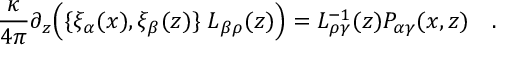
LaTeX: { \frac { \kappa } { 4 \pi } } \partial _ { z } \Bigl ( \{ \xi _ { \alpha } ( x ) , \xi _ { \beta } ( z ) \} \; L _ { \beta \rho } ( z ) \Bigr ) = L _ { \rho \gamma } ^ { - 1 } ( z ) P _ { \alpha \gamma } ( x , z ) \quad .